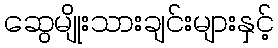
ဆွေမျိုးသားချင်းများနှင့်